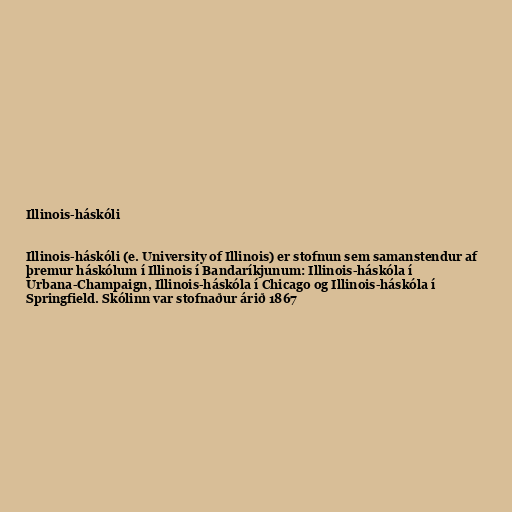
Illinois-háskóli

Illinois-háskóli (e. University of Illinois) er stofnun sem samanstendur af
þremur háskólum í Illinois í Bandaríkjunum: Illinois-háskóla í
Urbana-Champaign, Illinois-háskóla í Chicago og Illinois-háskóla í
Springfield. Skólinn var stofnaður árið 1867